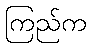
ကြည်က